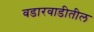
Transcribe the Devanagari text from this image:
वडारवाडीतील